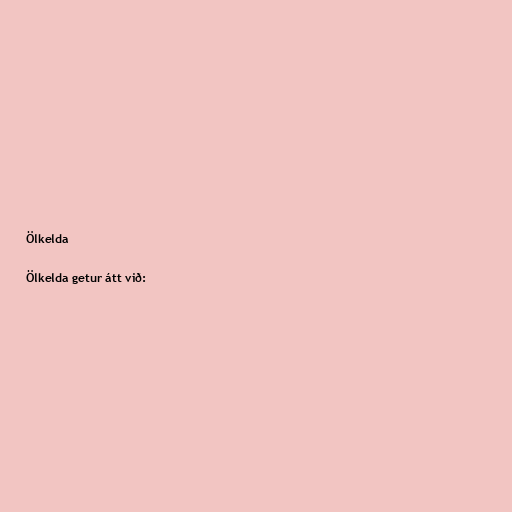
Ölkelda

Ölkelda getur átt við: